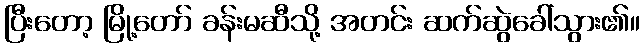
ပြီးတော့ မြို့တော် ခန်းမဆီသို့ အတင်း ဆက်ဆွဲခေါ်သွား၏။